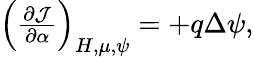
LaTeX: \begin{array}{r}{\left(\frac{\partial\mathcal{J}}{\partial\alpha}\right)_{H,\mu,\psi}=+q\Delta\psi,}\end{array}